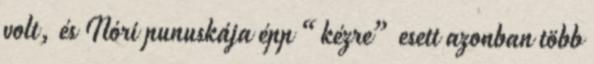
volt, és Nóri punuskája épp “kézre” esett azonban több